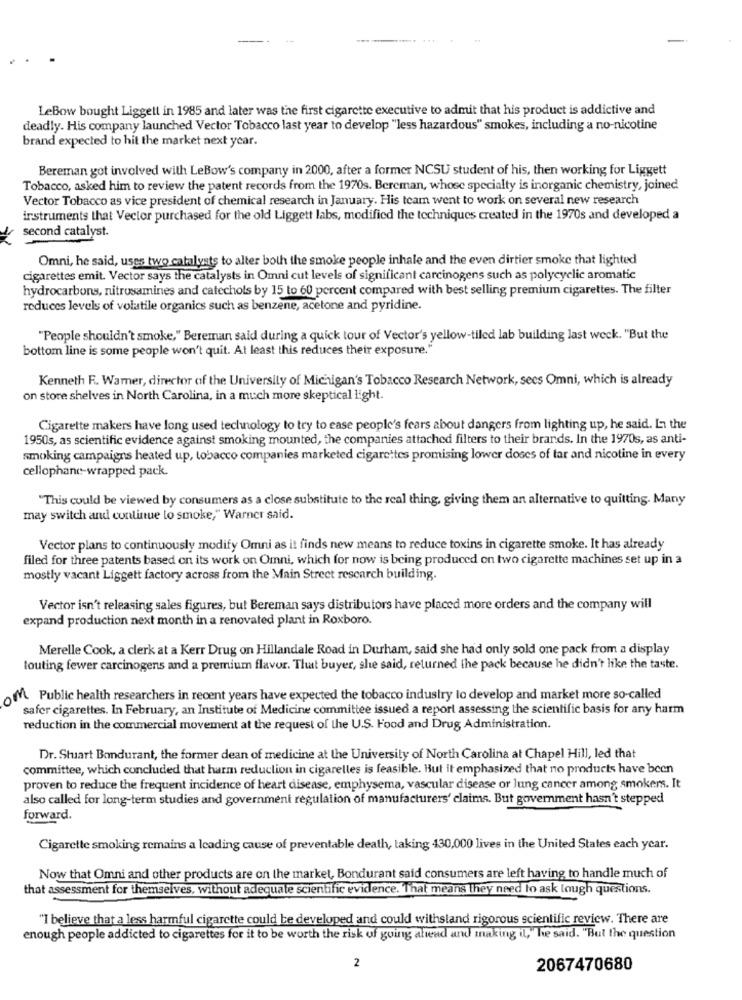
LeBow bought Liggett in 1985 and later was the first cigarette executive to admit that his product is addictive and
deadly. His company launched Vector Tobacco last year to develop "less hazardous" smokes, including a no-nicotine
brand expected to hit the market next year.
Bereman got involved with LeBow's company in 2000, after a former NCSU student of his, then working for Liggett
Tobacco, asked him to review the patent records from the 1970s. Bereman, whose specialty is inorganic chemistry, joined
Vector Tobacco as vice president of chemical research in January. His team went to work on several new research
instruments that Vector purchased for the old Liggett labs, modified the techniques created in the 1970s and developed a
second catalyst.
Omni, he said, uses two catalysts to alter both the smoke people inhale and the even dirtier smoke that lighted
cigarettes emit. Vector says the catalysts in Omni cut levels of significant carcinogens such as polycyclic aromatic
hydrocarbons, nitrosamines and catechols by 15 to 60 percent compared with best selling premium cigarettes. The filter
reduces levels of volatile organics such as benzene, acetone and pyridine.
"People shouldn't smoke," Bereman said during a quick tour of Vector's yellow-tiled lab building last week. "But the
bottom line is some people won't quit. At least this reduces their exposure."
Kenneth F. Warner, director of the University of Michigan's Tobacco Research Network, secs Omni, which is already
on store shelves in North Carolina, in a much more skeptical light.
Cigarette makers have long used technology to try to ease people's fears about dangers from lighting up, he said. In the
1950s, as scientific evidence against smoking mounted, the companies attached filters to their brands. In the 1970s, as anti-
smoking campaigns heated up, tobacco companies marketed cigarettes promising lower doses of tar and nicotine in every
cellophane-wrapped pack.
"This could be viewed by consumers as a close substitute to the real thing, giving them an alternative to quitting. Many
may switch and continue to smoke," Warner said.
Vector plans to continuously modify Omni as it finds new means to reduce toxins in cigarette smoke. It has already
filed for three patents based on its work on Omni, which for now is being produced on two cigarette machines set up in a
mostly vacant Liggett factory across from the Main Street rescarch building.
Vector isn't releasing sales figures, but Bereman says distributors have placed more orders and the company will
expand production next month in a renovated plant in Roxboro.
Merelle Cook, a clerk at a Kerr Drug on Hillandale Road in Durham, said she had only sold one pack from a display
touting fewer carcinogens and a premium flavor. That buyer, she said, returned the pack because he didn't like the taste.
of Public health researchers in recent years have expected the tobacco industry to develop and market more so-called
safer cigarettes. In February, an Institute of Medicine committee issued a report assessing the scientific basis for any harm
reduction in the commercial movement at the request of the U.S. Food and Drug Administration.
Dr. Stuart Bondurant, the former dean of medicine at the University of North Carolina at Chapel Hill, led that
committee, which concluded that harm reduction in cigarelles is feasible. Hut it emphasized that no products have been
proven to reduce the frequent incidence of heart disease, emphysema, vascular disease or lung cancer among smokers. It
also called for long-term studies and government regulation of manufacturers' claims. But government hasn't stepped
forward.
Cigarette smoking remains a leading cause of preventable death, taking 430,000 lives in the United States each year.
Now that Omni and other products are on the market, Bondurant said consumers are left having to handle much of
that assessment for themselves, without adequate scientific evidence. That means they need to ask lough questions.
"I believe that a less harmful cigarette could be developed and could withstand rigorous scientific review. There are
enough people addicted to cigarettes for it to be worth the risk of going ahead and making il," he said. "But the question
2
2067470680